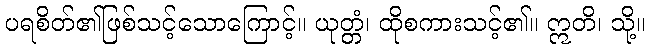
ပရစိတ်၏ဖြစ်သင့်သောကြောင့်။ ယုတ္တံ၊ ထိုစကားသင့်၏။ ဣတိ၊ သို့။